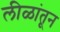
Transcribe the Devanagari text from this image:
लीळांतून